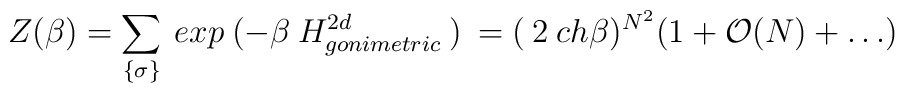
Z(\beta)=\sum_{\{\sigma\}}\: exp \: (- \beta\: H^{2d}_{gonimetric}\: ) \: =(\: 2 \: ch \beta )^{N^{2}} (1+ {\cal O}(N)+ \ldots )